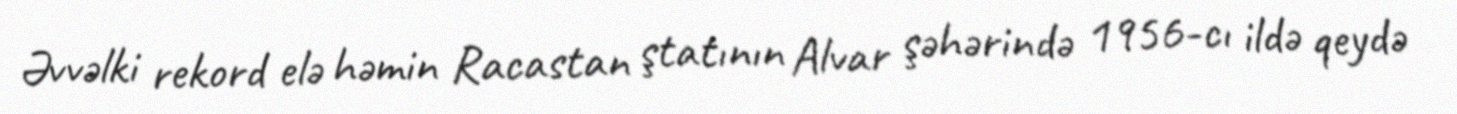
Əvvəlki rekord elə həmin Racastan ştatının Alvar şəhərində 1956-cı ildə qeydə